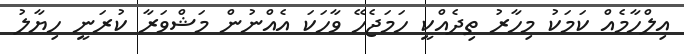
އިލްހާމެއް ކަމަކު މިހާރު ތިދެއްކީ ހަމަޖެހޭ ވާހަކަ އެއްނުން މަޝްވަރާ ކުރަނީ ހިޔާލު